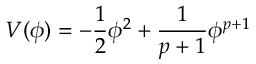
V ( \phi ) = - \frac { 1 } { 2 } \phi ^ { 2 } + \frac { 1 } { p + 1 } \phi ^ { p + 1 }